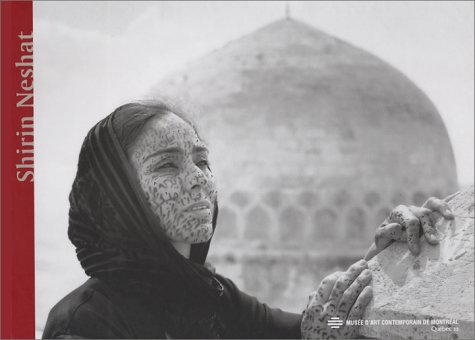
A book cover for Shirin Neshat; Paulette Gagnon; Arts & Photography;